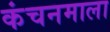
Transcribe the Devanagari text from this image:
कंचनमाला